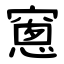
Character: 窻